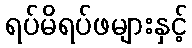
ရပ်မိရပ်ဖများနှင့်